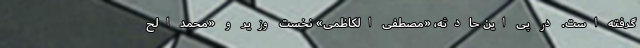
گرفته است. در پی این حادثه، «مصطفی الکاظمی» نخست وزیر و «محمد الح